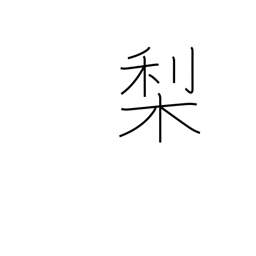
Meaning: pear tree